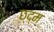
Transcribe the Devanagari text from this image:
छ्द्म